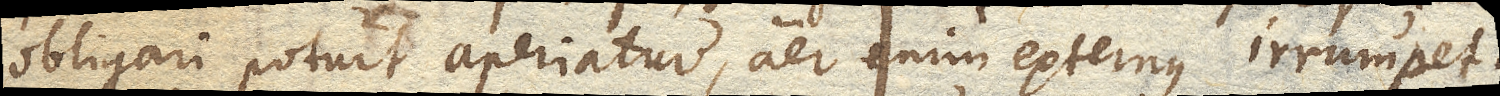
obligari potuit aperiatur, aer enim externus irrumpet.